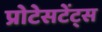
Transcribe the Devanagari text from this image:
प्रोटेसटेंट्स